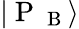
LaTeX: |\mathrm{~P~}_{\mathrm{~B~}}\rangle